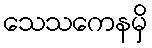
သေသကေနမှိ